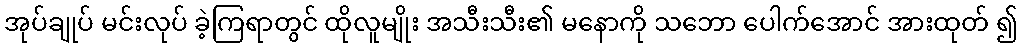
အုပ်ချုပ် မင်းလုပ် ခဲ့ကြရာတွင် ထိုလူမျိုး အသီးသီး၏ မနောကို သဘော ပေါက်အောင် အားထုတ် ၍